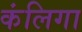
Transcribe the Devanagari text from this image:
कंलिगा